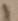
Text: 1